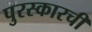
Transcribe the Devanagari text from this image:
पुरस्कारची